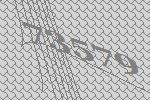
73579